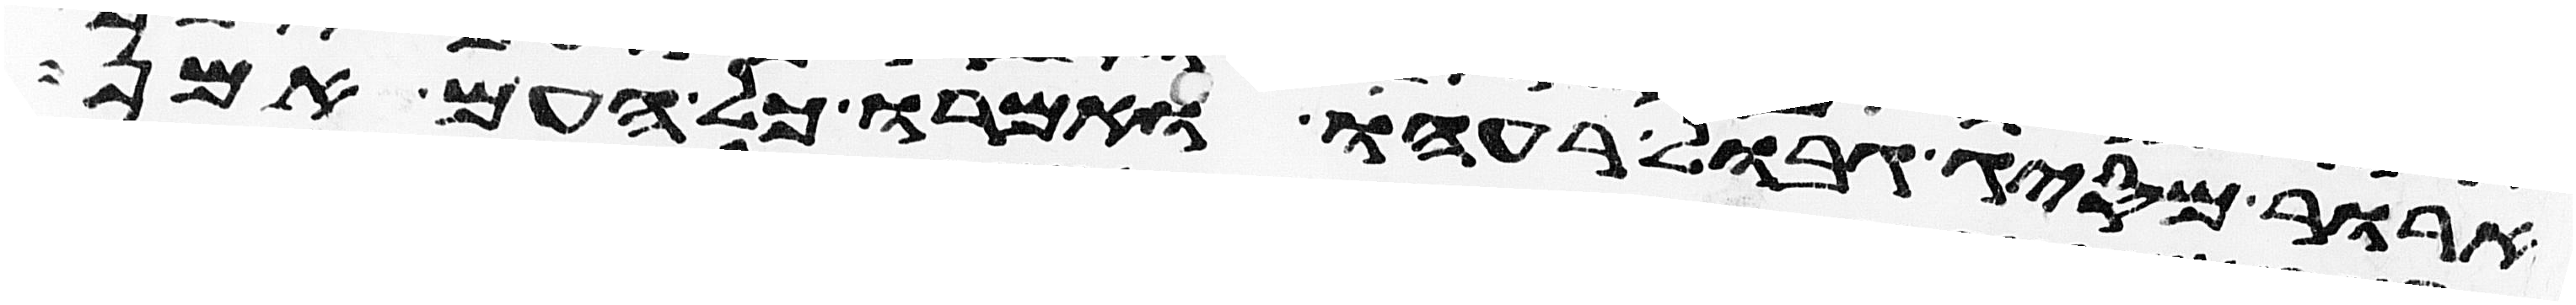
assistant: ארור מסיג גבול רעהו ואמרו כל העם אמן